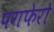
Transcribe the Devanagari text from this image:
पगफेरो